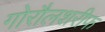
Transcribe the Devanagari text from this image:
गोरौलशरीफ